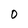
Character: O